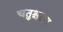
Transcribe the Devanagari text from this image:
चतुश्चरण